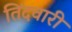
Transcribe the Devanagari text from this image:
तिंदवारी